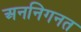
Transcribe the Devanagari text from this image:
अननिगनत